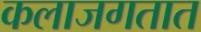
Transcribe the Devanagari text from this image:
कलाजगतात